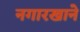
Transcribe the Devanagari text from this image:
नगारखाने